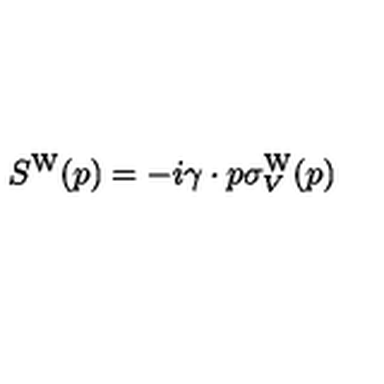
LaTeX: S ^ { \mathrm { W } } ( p ) = - i \gamma \cdot p \sigma _ { V } ^ { \mathrm { W } } ( p )